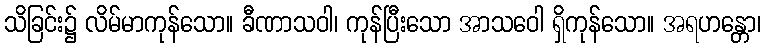
သိခြင်း၌ လိမ်မာကုန်သော။ ခီဏာသဝါ၊ ကုန်ပြီးသော အာသဝေါ ရှိကုန်သော။ အရဟန္တော၊